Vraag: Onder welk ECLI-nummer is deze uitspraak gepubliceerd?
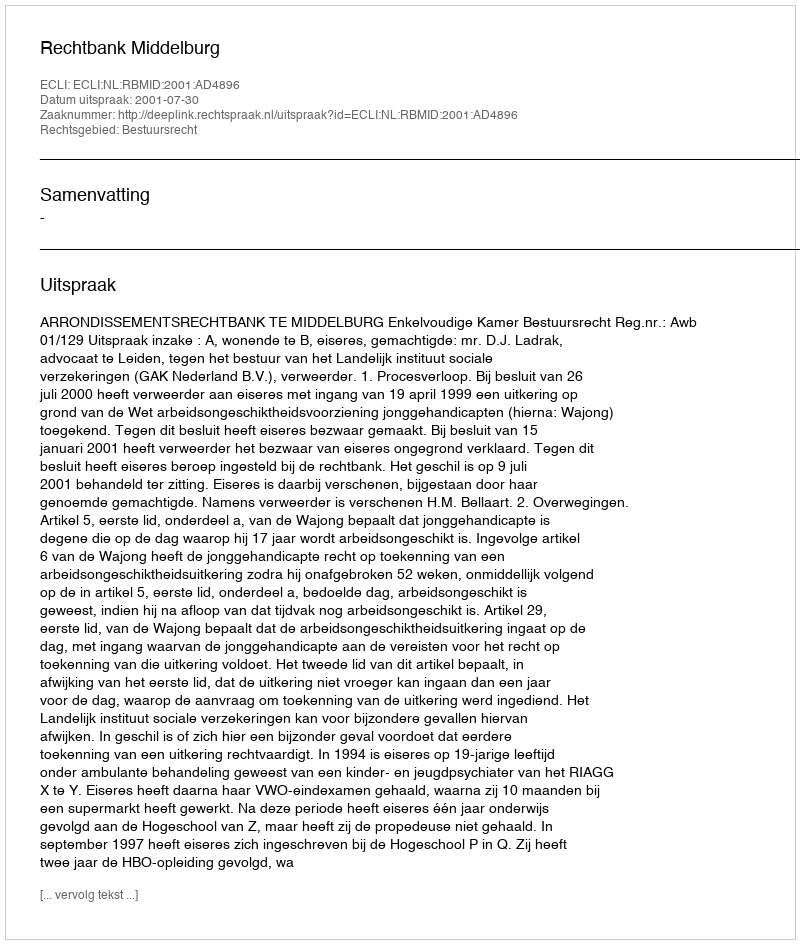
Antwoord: ECLI:NL:RBMID:2001:AD4896